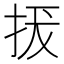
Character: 𢬌